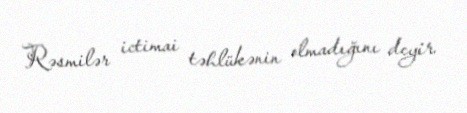
Rəsmilər ictimai təhlükənin olmadığını deyir.